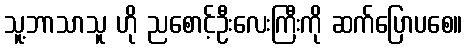
သူ့ဘာသာသူ ဟို ညစောင့်ဦးလေးကြီးကို ဆက်ပြောပစေ။